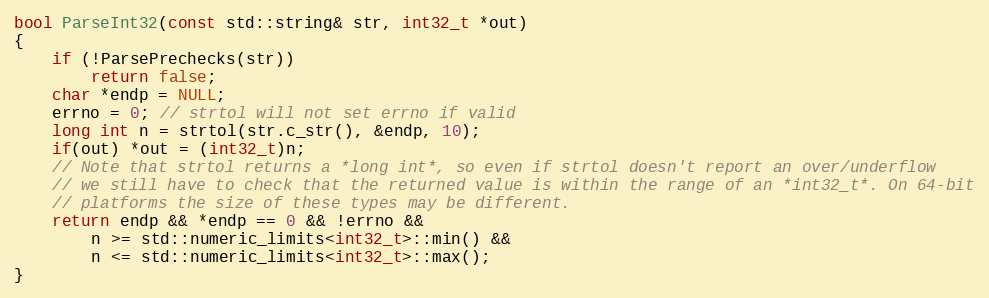
Language: C++
bool ParseInt32(const std::string& str, int32_t *out)
{
    if (!ParsePrechecks(str))
        return false;
    char *endp = NULL;
    errno = 0; // strtol will not set errno if valid
    long int n = strtol(str.c_str(), &endp, 10);
    if(out) *out = (int32_t)n;
    // Note that strtol returns a *long int*, so even if strtol doesn't report an over/underflow
    // we still have to check that the returned value is within the range of an *int32_t*. On 64-bit
    // platforms the size of these types may be different.
    return endp && *endp == 0 && !errno &&
        n >= std::numeric_limits<int32_t>::min() &&
        n <= std::numeric_limits<int32_t>::max();
}